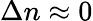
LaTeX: \Delta n\approx 0